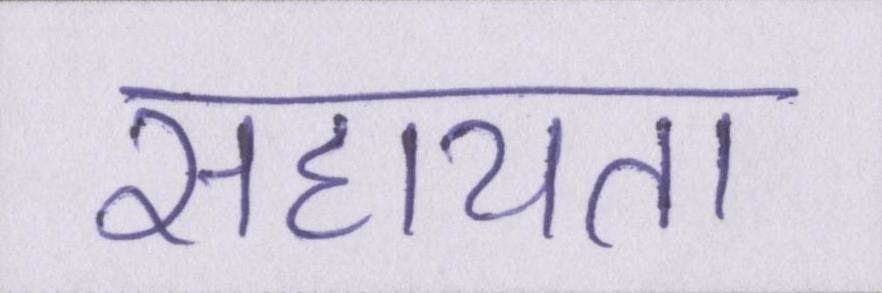
सहायता